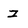
Character: z